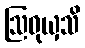
ဩဝုယှသိ